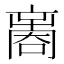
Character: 𠾃